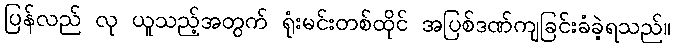
ပြန်လည် လု ယူသည့်အတွက် ရုံးမင်းတစ်ထိုင် အပြစ်ဒဏ်ကျခြင်းခံခဲ့ရသည်။